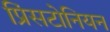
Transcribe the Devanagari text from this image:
प्रिंसटोनियन